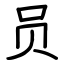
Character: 员